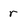
Character: r